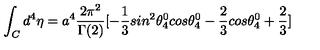
\int _ { C } { d ^ { 4 } } { \eta } = a ^ { 4 } \frac { 2 \pi ^ { 2 } } { \Gamma ( 2 ) } [ - \frac { 1 } { 3 } s i n ^ { 2 } \theta _ { 4 } ^ { 0 } c o s \theta _ { 4 } ^ { 0 } - \frac { 2 } { 3 } c o s \theta _ { 4 } ^ { 0 } + \frac { 2 } { 3 } ]